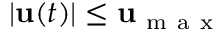
\begin{array} { r } { | \mathbf { u } ( t ) | \leq \mathbf { u } _ { \mathrm { ~ m ~ a ~ x ~ } } } \end{array}